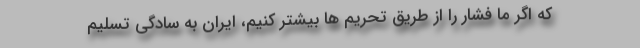
که اگر ما فشار را از طریق تحریم ها بیشتر کنیم، ایران به سادگی تسلیم